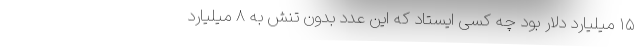
۱۵ میلیارد دلار بود چه کسی ایستاد که این عدد بدون تنش به ۸ میلیارد